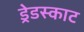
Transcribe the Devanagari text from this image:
ड्रेडस्काट